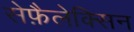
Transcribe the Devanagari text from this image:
सेफ़ैलेक्सिन